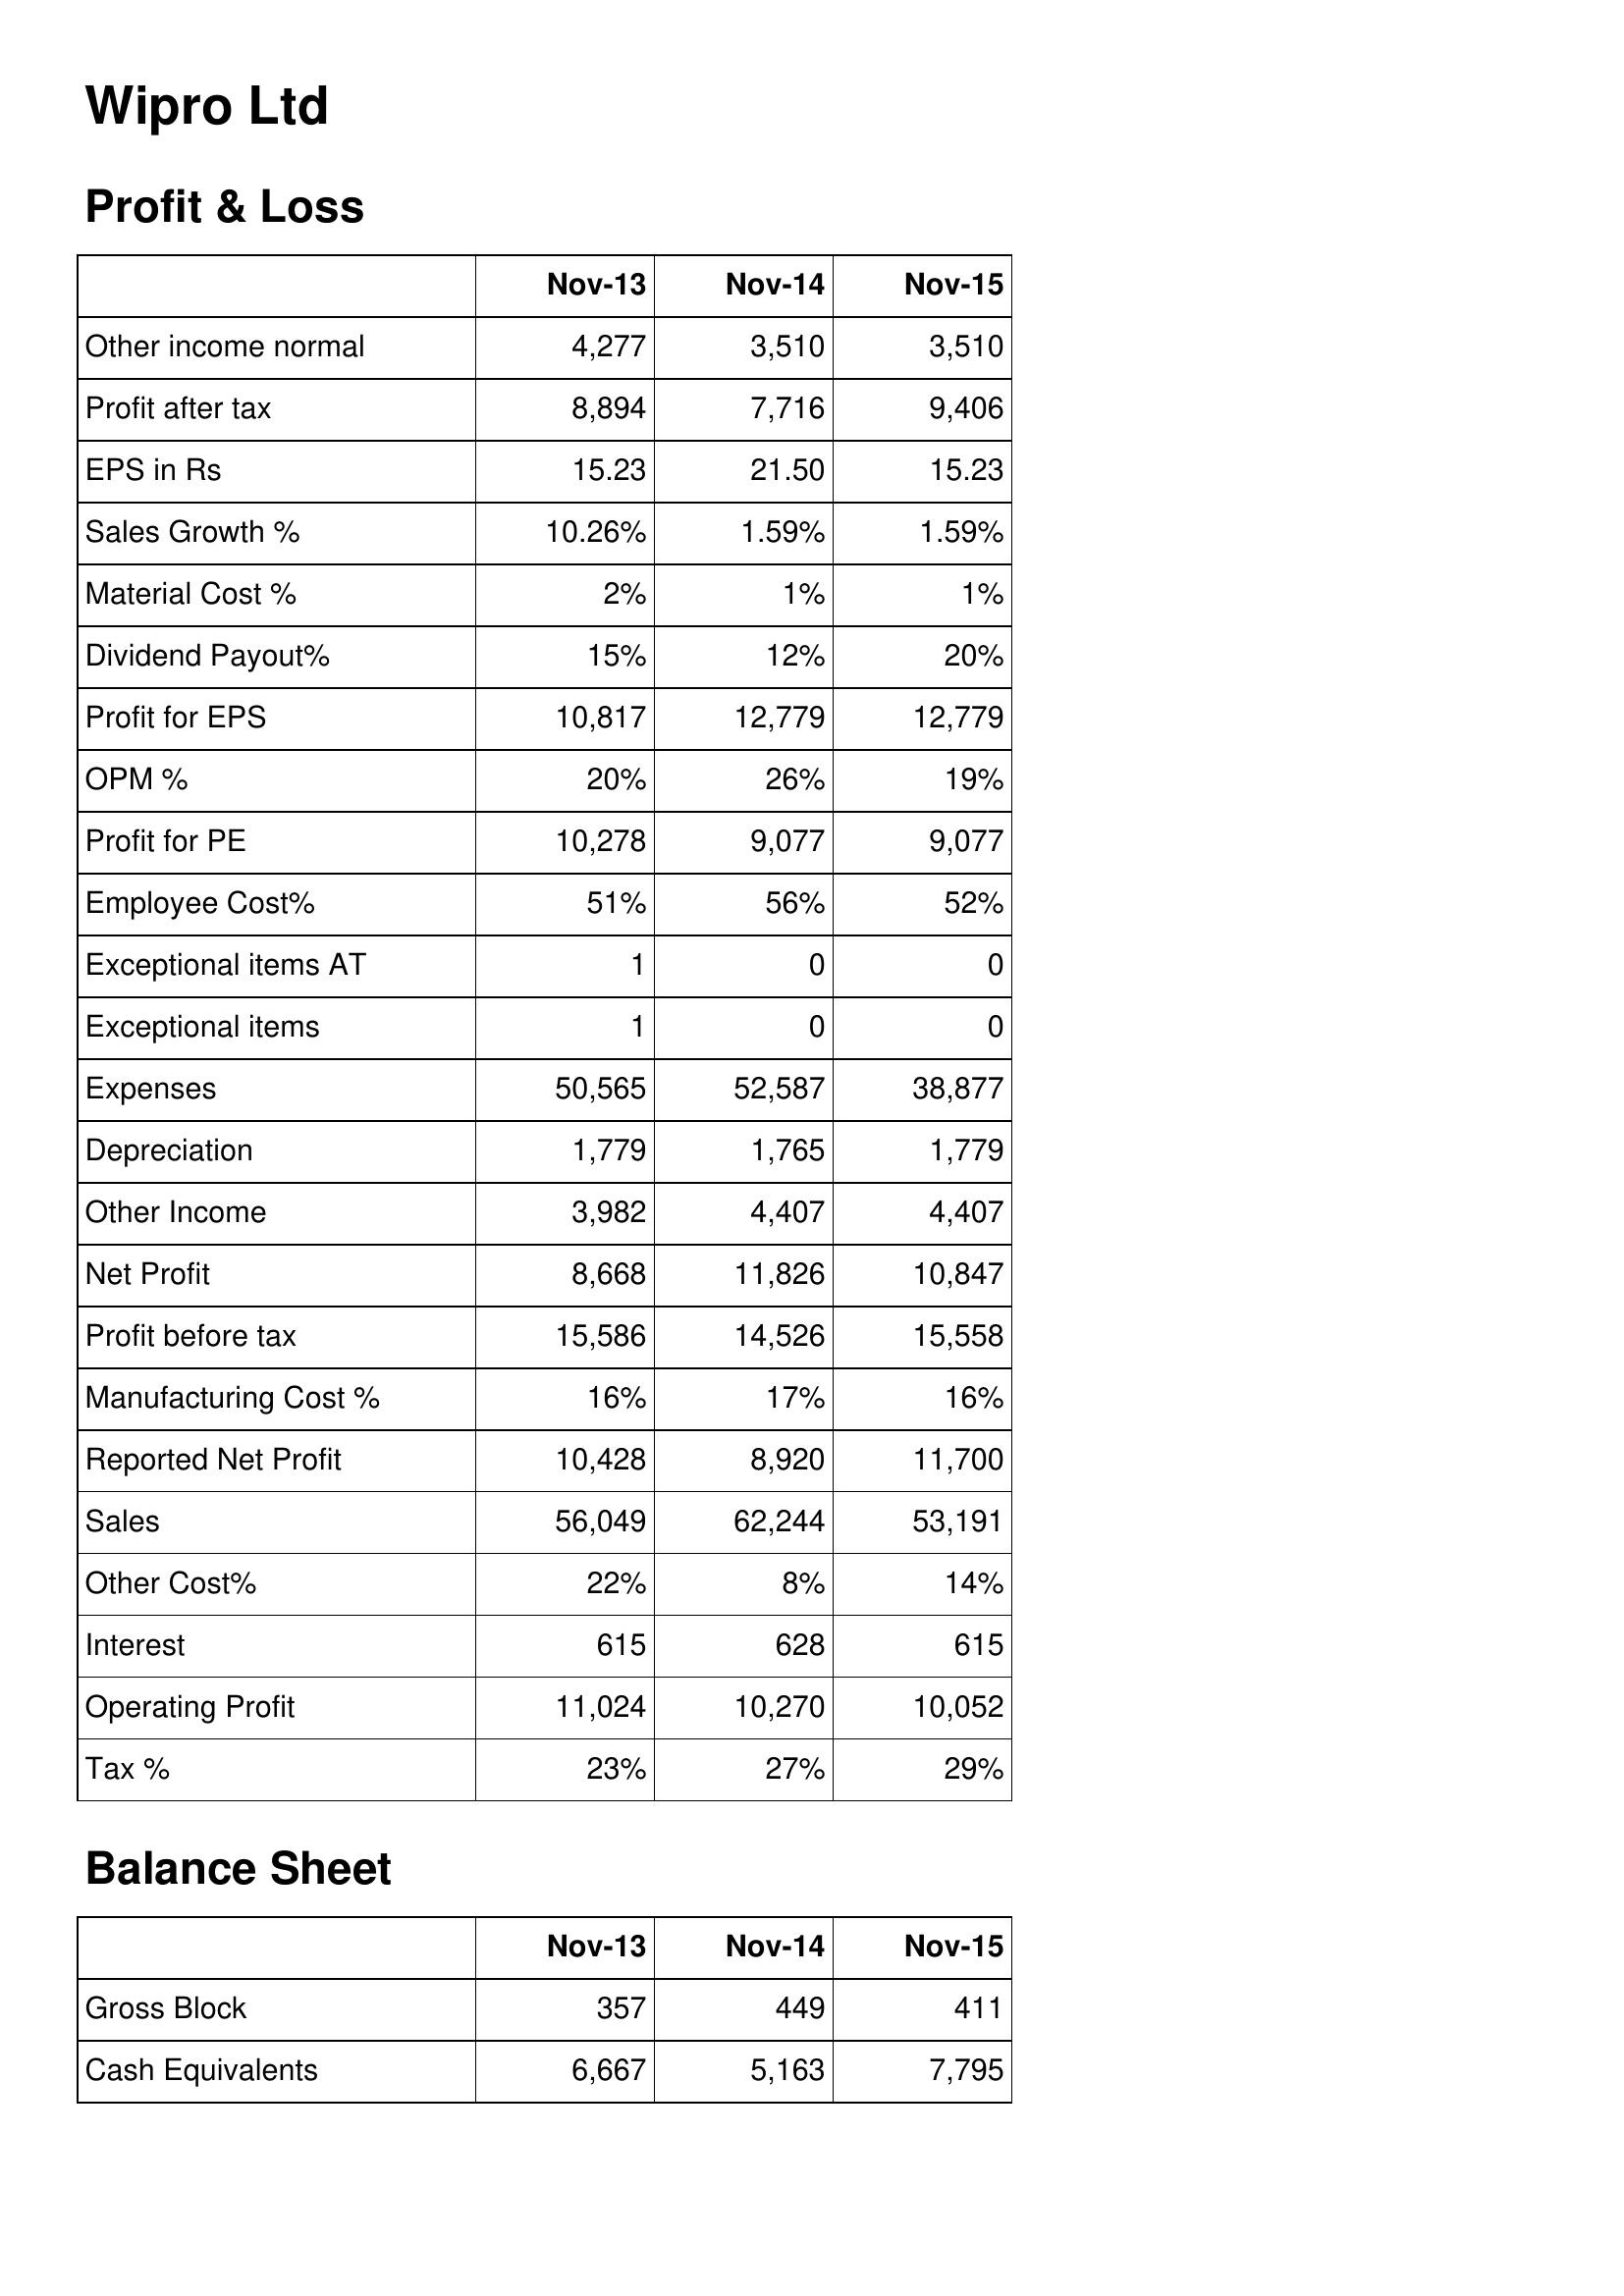
Nov-13: Profit & Loss: Other income normal: 4,277
Profit after tax: 8,894
EPS in Rs: 15.23
Sales Growth %: 10.26%
Material Cost %: 2%
Dividend Payout%: 15%
Profit for EPS: 10,817
OPM %: 20%
Profit for PE: 10,278
Employee Cost%: 51%
Exceptional items AT: 1
Exceptional items: 1
Expenses: 50,565
Depreciation: 1,779
Other Income: 3,982
Net Profit: 8,668
Profit before tax: 15,586
Manufacturing Cost %: 16%
Reported Net Profit: 10,428
Sales: 56,049
Other Cost%: 22%
Interest: 615
Operating Profit: 11,024
Tax %: 23%
Balance Sheet: Gross Block: 357
Cash Equivalents: 6,667
Nov-14: Profit & Loss: Other income normal: 3,510
Profit after tax: 7,716
EPS in Rs: 21.50
Sales Growth %: 1.59%
Material Cost %: 1%
Dividend Payout%: 12%
Profit for EPS: 12,779
OPM %: 26%
Profit for PE: 9,077
Employee Cost%: 56%
Exceptional items AT: 0
Exceptional items: 0
Expenses: 52,587
Depreciation: 1,765
Other Income: 4,407
Net Profit: 11,826
Profit before tax: 14,526
Manufacturing Cost %: 17%
Reported Net Profit: 8,920
Sales: 62,244
Other Cost%: 8%
Interest: 628
Operating Profit: 10,270
Tax %: 27%
Balance Sheet: Gross Block: 449
Cash Equivalents: 5,163
Nov-15: Profit & Loss: Other income normal: 3,510
Profit after tax: 9,406
EPS in Rs: 15.23
Sales Growth %: 1.59%
Material Cost %: 1%
Dividend Payout%: 20%
Profit for EPS: 12,779
OPM %: 19%
Profit for PE: 9,077
Employee Cost%: 52%
Exceptional items AT: 0
Exceptional items: 0
Expenses: 38,877
Depreciation: 1,779
Other Income: 4,407
Net Profit: 10,847
Profit before tax: 15,558
Manufacturing Cost %: 16%
Reported Net Profit: 11,700
Sales: 53,191
Other Cost%: 14%
Interest: 615
Operating Profit: 10,052
Tax %: 29%
Balance Sheet: Gross Block: 411
Cash Equivalents: 7,795